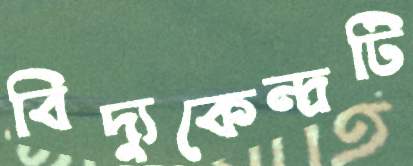
বিদ্যুকেন্দ্রটি